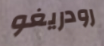
رودريغو